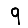
Digit: 9